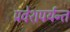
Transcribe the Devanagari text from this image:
प्रवेशपर्यन्त